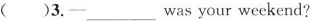
( )3.was your weekend?